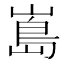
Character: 𭗃